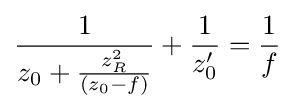
{\frac {1}{z_{0}+{\frac {z_{R}^{2}}{(z_{0}-f)}}}}+{\frac {1}{z_{0}'}}={\frac {1}{f}}